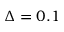
\Delta = 0 . 1